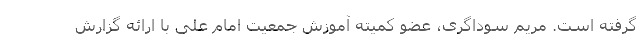
گرفته است. مریم سوداگری، عضو کمیته آموزش جمعیت امام علی با ارائه گزارش